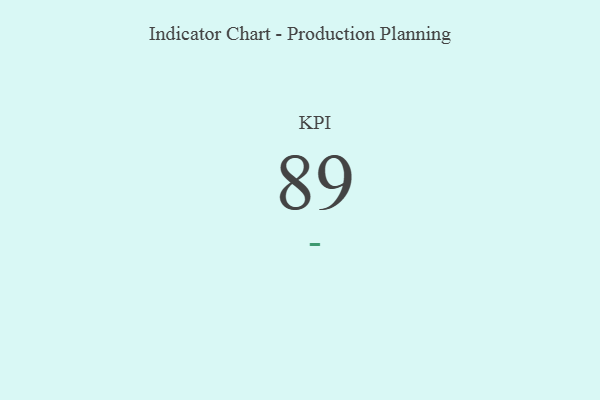
{"axis": {"x": "KPI", "y": "Value"}, "legend": [""], "data": [{"x": "KPI", "y": 89, "type": ""}]}